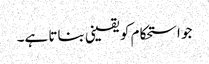
جو استحکام کو یقینی بناتا ہے۔